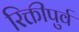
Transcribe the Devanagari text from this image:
रिक्तीपुर्व